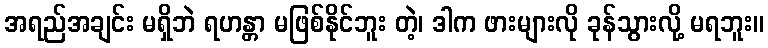
အရည်အချင်း မရှိဘဲ ရဟန္တာ မဖြစ်နိုင်ဘူး တဲ့၊ ဒါက ဖားများလို ခုန်သွားလို့ မရဘူး။